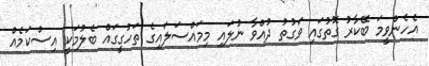
އެހެންވީމަ ބޭކާރު ގޮތުގައި ވަގުތު ދުއްވާ ނުލައި މިމައްސަލައިގެ ތަހުގީގައް ބެލުމަކީ އިސްކަމެއް